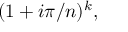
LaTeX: ( 1 + i \pi / n ) ^ { k } ,